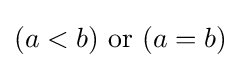
(a<b){\text{ or }}(a=b)